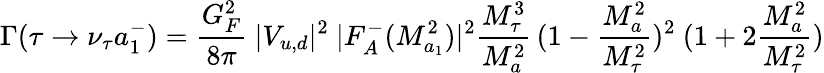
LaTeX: \Gamma(\tau\rightarrow\nu_{\tau}a_{1}^{-})=\frac{G_{F}^{2}}{8\pi}\ |V_{u,d}|^{2}\ |F_{A}^{-}(M_{a_{1}}^{2})|^{2}\frac{M_{\tau}^{3}}{M_{a}^{2}}\, (1-\frac{M_{a}^{2}}{M_{\tau}^{2}})^{2}\ (1+2\frac{M_{a}^{2}}{M_{\tau}^{2}})